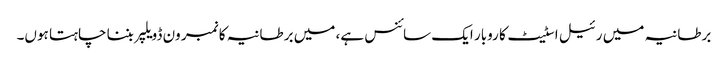
برطانیہ میں رئیل اسٹیٹ کا روبار ایک سائنس ہے، میں برطانیہ کا نمبر ون ڈویلپر بننا چاہتا ہوں۔